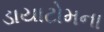
ડાયાટોમના